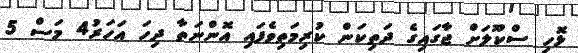
ޅޮހި ސްކޫލަށް ޖާގައިގެ ދަތިކަން ކުރިމަތިވެފައި އޮންނަތާ ދިހަ އަހަރު4 މަސް 5